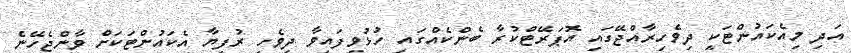
އަދި މިއެކައުންޓަކީ ދިވެހިރާއްޖޭގައި އޮޕަރޭޓްކުރާ ބެންކެއްގައި ހުޅުވިފައިވާ ދިވެހި ރުފިޔާ އެކައުންޓަކަށް ވާންޖެހޭނެ